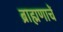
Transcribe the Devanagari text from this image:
ब्राह्मणाचें